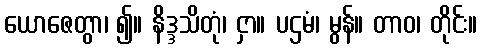
ယောဇေတွာ၊ ၍။ နိဒ္ဒသိတုံ၊ ငှာ။ ပဌမံ၊ မွန်။ တာဝ၊ တိုင်း။